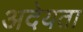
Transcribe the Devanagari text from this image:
अदेयता